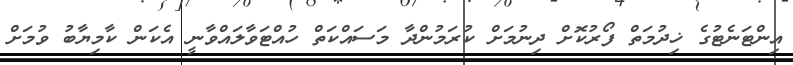
އިންޓަނެޓުގެ ޚިދުމަތް ފޯރުކޮށް ދިނުމަށް ކުރަމުންދާ މަސައްކަތް ހުއްޓަވާލައްވާނީ އެކަން ކާމިޔާބު ވުމަށް